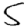
Digit: 5